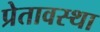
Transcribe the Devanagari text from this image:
प्रेतावस्था